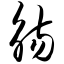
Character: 觞